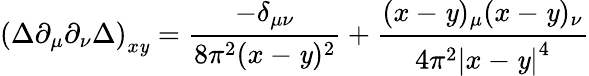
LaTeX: \left(\Delta\partial_{\mu}\partial_{\nu}\Delta\right)_{x\mathit{y}}=\frac{{-\delta_{\mu\nu}}}{{8\pi^{2}(x-\mathit{y})^{2}}}+\frac{{(x-\mathit{y})_{\mu}(x-\mathit{y})_{\nu}}}{{4\pi^{2}\left|x-\mathit{y}\right|^{4}}}